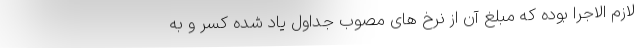
لازم الاجرا بوده که مبلغ آن از نرخ های مصوب جداول یاد شده کسر و به